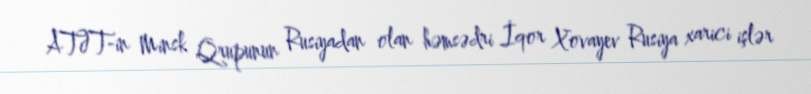
ATƏT-in Minsk Qrupunun Rusiyadan olan həmsədri İqor Xovayev Rusiya xarici işlər